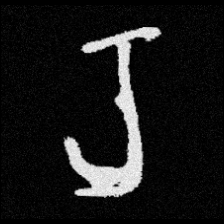
Pyu character \u2014 Myanmar letter: ရ (romanized: ra)